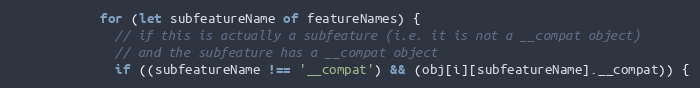
Language: JavaScript
            for (let subfeatureName of featureNames) {
              // if this is actually a subfeature (i.e. it is not a __compat object)
              // and the subfeature has a __compat object
              if ((subfeatureName !== '__compat') && (obj[i][subfeatureName].__compat)) {